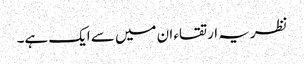
نظریہ ارتقاء ان میں سے ایک ہے۔